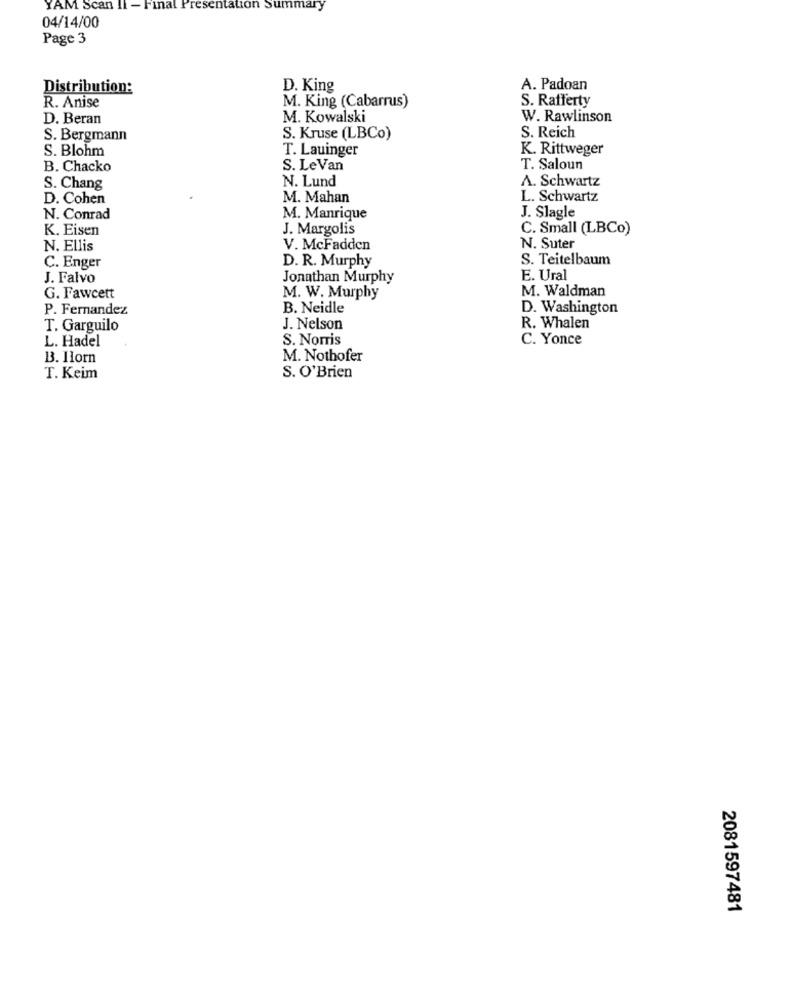
YAM Scan II - Final Presentation Summary
04/14/00
Page 3
Distribution:
D. King
A. Padoan
R. Anise
M. King (Cabarrus)
S. Rafferty
D. Beran
M. Kowalski
W. Rawlinson
S. Reich
S. Bergmann
S. Kruse (LBCo)
S. Blohm
T. Lauinger
K. Rittweger
B. Chacko
S. LeVan
T. Saloun
N. Lund
A. Schwartz
S. Chang
D. Cohen
M. Mahan
L. Schwartz
J. Slagle
N. Conrad
M. Manrique
K. Eisen
J. Margolis
C. Small (LBCo)
N. Ellis
V. McFadden
N. Suter
D. R. Murphy
S. Teitelbaum
C. Enger
J. Falvo
Jonathan Murphy
E. Ural
M. Waldman
G. Fawcett
M. W. Murphy
P. Fernandez
B. Neidle
D. Washington
T. Garguilo
J. Nelson
R. Whalen
L. Hadel
S. Norris
C. Yonce
B. Horn
M. Nothofer
T. Keim
S. O'Brien
2081597481